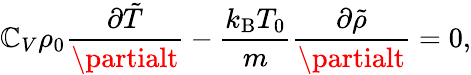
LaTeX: \mathbb{C}_{V}\rho_{0}\frac{{\partial\tilde{{T}}}}{{\partialt}}-\frac{{k_{\mathrm{{B}}}T_{0}}}{{m}}\frac{{\partial\tilde{{\rho}}}}{{\partialt}}=0,